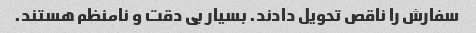
سفارش را ناقص تحویل دادند. بسیار بی دقت و نامنظم هستند.